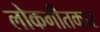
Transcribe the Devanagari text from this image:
लोकगीतकार